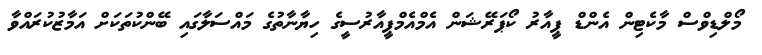
މޯލްޑިވްސް މާކެޓިން އެންޑް ޕީއާރު ކޯޕަރޭޝަން އެމްއެމްޕީއާރުސީގެ ހިޔާނާތުގެ މައްސަލާގައި ބޭންކުތަކަށް އަމާޒުކުރައްވާ